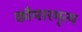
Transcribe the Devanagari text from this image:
कौमारमृत्य